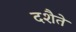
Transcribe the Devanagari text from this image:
दशैते